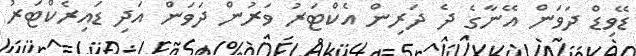
ޑޭވިޑް ދަވަން އޭނާގެ ދެ ދަރިން އެކްޓަރު ވަރުން ދަވަން އަދި ޑައިރެކްޓަރު